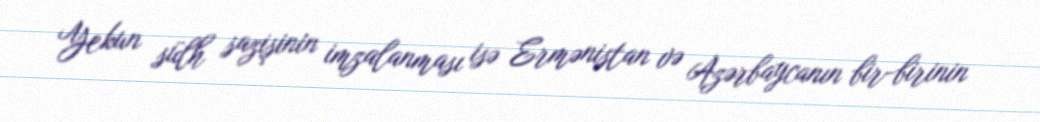
Yekun sülh sazişinin imzalanması isə Ermənistan və Azərbaycanın bir-birinin